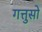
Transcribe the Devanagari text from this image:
गत्तुसो